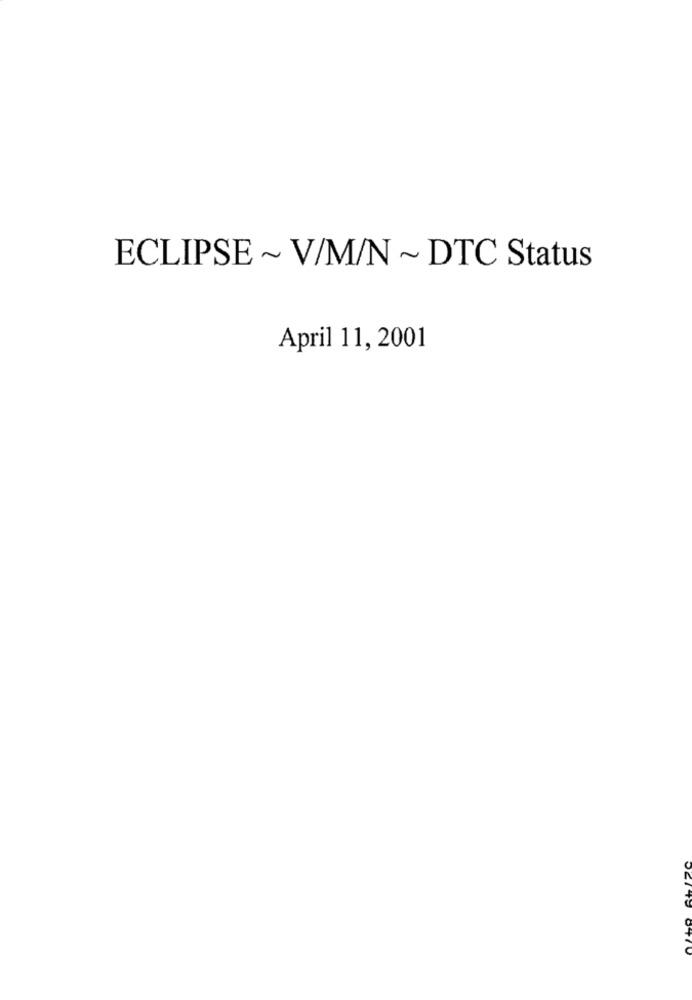
ECLIPSE ~ V/M/N ~ DTC Status
April 11, 2001